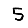
Digit: 5